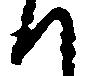
へ